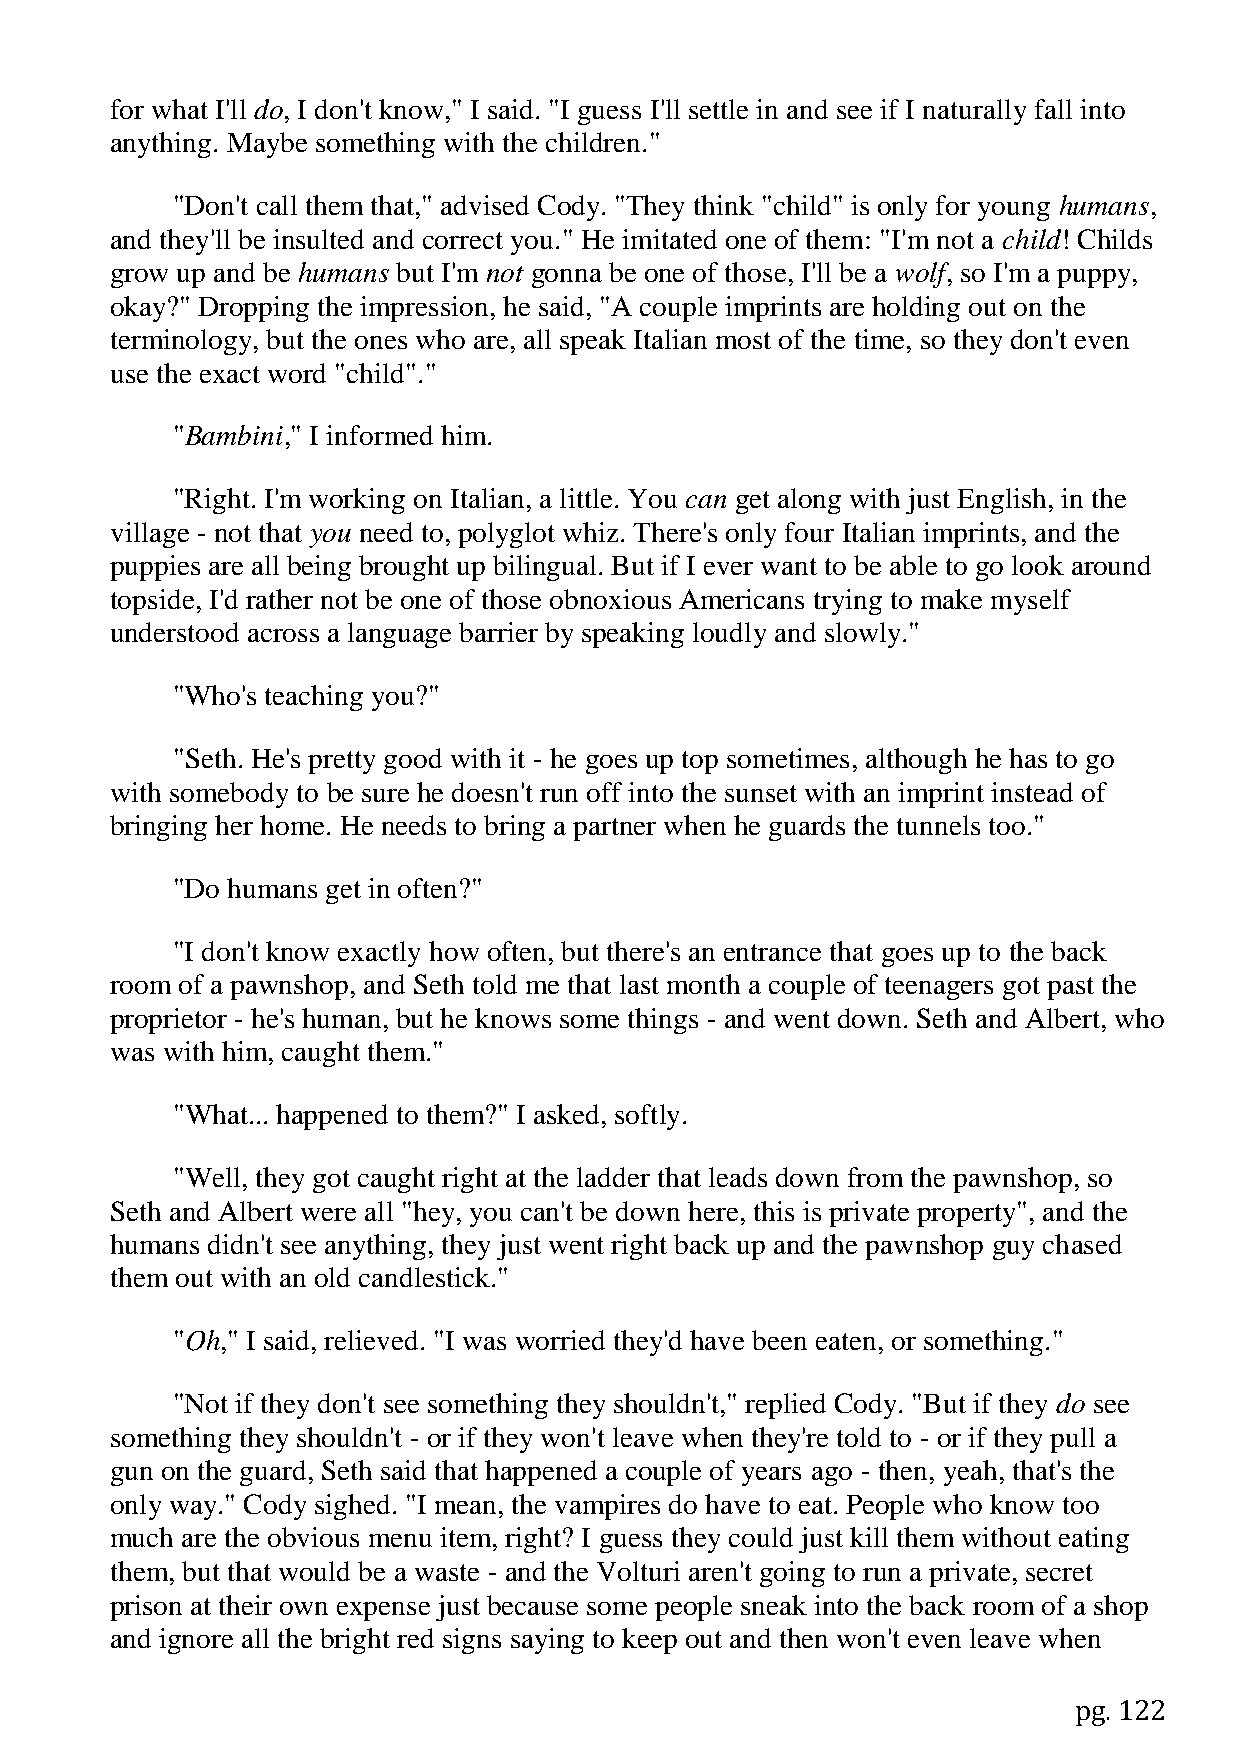
for what I'll do, I don't know," I said. "I guess I'll settle in and see if I naturally fall into
 anything. Maybe something with the children."
 "Don't call them that," advised Cody. "They think "child" is only for young humans,
 and they'll be insulted and correct you." He imitated one of them: "I'm not a child! Childs
 grow up and be humans but I'm not gonna be one of those, I'll be a wolf, so I'm a puppy,
 okay?" Dropping the impression, he said, "A couple imprints are holding out on the
 terminology, but the ones who are, all speak Italian most of the time, so they don't even
 use the exact word "child"."
 "Bambini," I informed him.
 "Right. I'm working on Italian, a little. You can get along with just English, in the
 village - not that you need to, polyglot whiz. There's only four Italian imprints, and the
 puppies are all being brought up bilingual. But if I ever want to be able to go look around
 topside, I'd rather not be one of those obnoxious Americans trying to make myself
 understood across a language barrier by speaking loudly and slowly."
 "Who's teaching you?"
 "Seth. He's pretty good with it - he goes up top sometimes, although he has to go
 with somebody to be sure he doesn't run off into the sunset with an imprint instead of
 bringing her home. He needs to bring a partner when he guards the tunnels too."
 "Do humans get in often?"
 "I don't know exactly how often, but there's an entrance that goes up to the back
 room of a pawnshop, and Seth told me that last month a couple of teenagers got past the
 proprietor - he's human, but he knows some things - and went down. Seth and Albert, who
 was with him, caught them."
 "What... happened to them?" I asked, softly.
 "Well, they got caught right at the ladder that leads down from the pawnshop, so
 Seth and Albert were all "hey, you can't be down here, this is private property", and the
 humans didn't see anything, they just went right back up and the pawnshop guy chased
 them out with an old candlestick."
 "Oh," I said, relieved. "I was worried they'd have been eaten, or something."
 "Not if they don't see something they shouldn't," replied Cody. "But if they do see
 something they shouldn't - or if they won't leave when they're told to - or if they pull a
 gun on the guard, Seth said that happened a couple of years ago - then, yeah, that's the
 only way." Cody sighed. "I mean, the vampires do have to eat. People who know too
 much are the obvious menu item, right? I guess they could just kill them without eating
 them, but that would be a waste - and the Volturi aren't going to run a private, secret
 prison at their own expense just because some people sneak into the back room of a shop
 and ignore all the bright red signs saying to keep out and then won't even leave when
 pg. 122